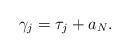
LaTeX: \begin{align*}\gamma_j = \tau_j + a_N.\end{align*}